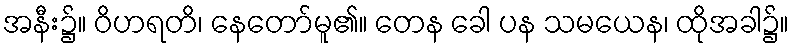
အနီး၌။ ဝိဟရတိ၊ နေတော်မူ၏။ တေန ခေါ ပန သမယေန၊ ထိုအခါ၌။